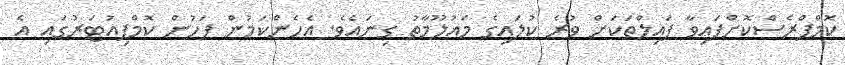
ކޮމްޕްރެސްކޮށްފައިވާ ފައިލްތަކަށް ވުރެ ކުލައިގެ މައުލޫމާތު ގިނައެވެ. އެހެންކަމުން ފަހުން ކޮމްޕިއުޓަރުގައި އެ